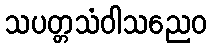
သပတ္တသံဝါသညေဝ